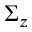
\Sigma _ { z }